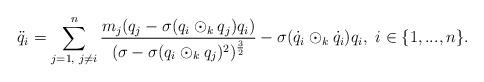
LaTeX: \begin{align*} \ddot{q}_{i}=\sum\limits_{j=1,\textrm{ }j\neq i}^{n}\frac{m_{j}(q_{j}-\sigma(q_{i}\odot_{k} q_{j})q_{i})}{(\sigma-\sigma(q_{i}\odot_{k} q_{j})^{2})^{\frac{3}{2}}}-\sigma(\dot{q}_{i}\odot_{k}\dot{q}_{i})q_{i},\textrm{ }i\in\{1,...,n\}.\end{align*}